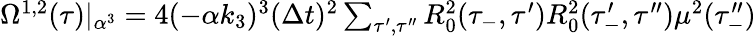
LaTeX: \begin{array}{r}{\Omega^{1,2}(\tau)|_{\alpha^{3}}=4(-\alpha k_{3})^{3}(\Delta t)^{2}\sum_{\tau^{\prime},\tau^{\prime\prime}}R_{0}^{2}(\tau_{-},\tau^{\prime})R_{0}^{2}(\tau_{-}^{\prime},\tau^{\prime\prime})\mu^{2}(\tau_{-}^{\prime\prime})}\end{array}